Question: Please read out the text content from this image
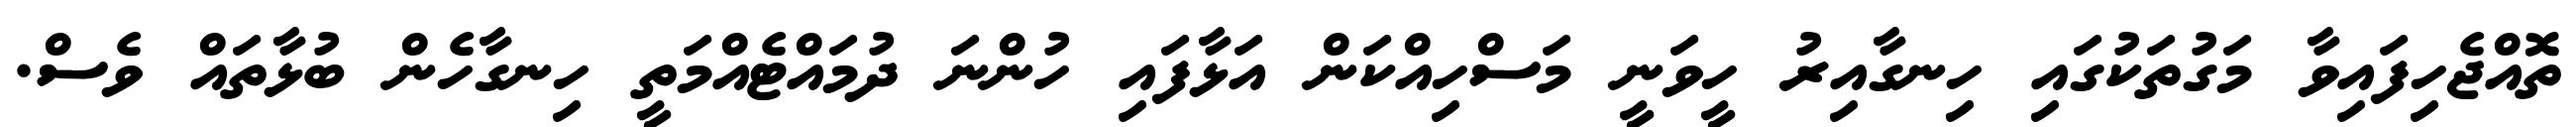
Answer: ތޮއްޖެހިފައިވާ މަގުތަކުގައި ހިނގާއިރު ހީވަނީ މަސްހިއްކަން އަޅާފައި ހުންނަ ދުމައްޓެއްމަތީ ހިނގާހެން ބުޅާތައް ވެސް.